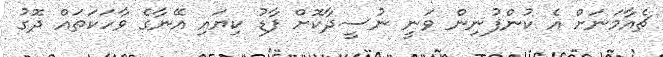
ޗެއާމަނަށް އެ ކުންފުނިން ވަނީ ނުސީދާކޮށް ފާޑު ކިޔައި އޭނާގެ ވާހަކަތައް ދޮގު